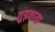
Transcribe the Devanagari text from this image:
तुड़वाया